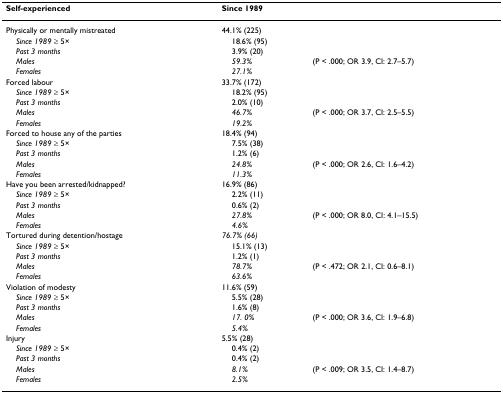
| Self-experienced | Since 1989 |  |
 | --- | --- | --- |
 | Physically or mentally mistreated | 44.1% (225) |  |
 | Since 1989 ≥ 5× | 18.6% (95) |  |
 | Past 3 months | 3.9% (20) |  |
 | Males | 59.3% | (P < .000; OR 3.9, CI: 2.7–5.7) |
 | Females | 27.1% |  |
 | Forced labour | 33.7% (172) |  |
 | Since 1989 ≥ 5× | 18.2% (95) |  |
 | Past 3 months | 2.0% (10) |  |
 | Males | 46.7% | (P < .000; OR 3.7, CI: 2.5–5.5) |
 | Females | 19.2% |  |
 | Forced to house any of the parties | 18.4% (94) |  |
 | Since 1989 ≥ 5× | 7.5% (38) |  |
 | Past 3 months | 1.2% (6) |  |
 | Males | 24.8% | (P < .000; OR 2.6, CI: 1.6–4.2) |
 | Females | 11.3% |  |
 | Have you been arrested/kidnapped? | 16.9% (86) |  |
 | Since 1989 ≥ 5× | 2.2% (11) |  |
 | Past 3 months | 0.6% (2) |  |
 | Males | 27.8% | (P < .000; OR 8.0, CI: 4.1–15.5) |
 | Females | 4.6% |  |
 | Tortured during detention/hostage | 76.7% (66) |  |
 | Since 1989 ≥ 5× | 15.1% (13) |  |
 | Past 3 months | 1.2% (1) |  |
 | Males | 78.7% | (P < .472; OR 2.1, CI: 0.6–8.1) |
 | Females | 63.6% |  |
 | Violation of modesty | 11.6% (59) |  |
 | Since 1989 ≥ 5× | 5.5% (28) |  |
 | Past 3 months | 1.6% (8) |  |
 | Males | 17. 0% | (P < .000; OR 3.6, CI: 1.9–6.8) |
 | Females | 5.4% |  |
 | Injury | 5.5% (28) |  |
 | Since 1989 ≥ 5× | 0.4% (2) |  |
 | Past 3 months | 0.4% (2) |  |
 | Males | 8.1% | (P < .009; OR 3.5, CI: 1.4–8.7) |
 | Females | 2.5% |  |